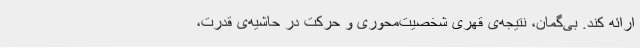
ارائه کند. بی‌گمان، نتیجه‌ی قهری شخصیت‌محوری و حرکت در حاشیه‌ی قدرت،